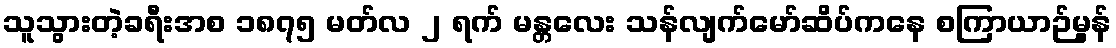
သူသွားတဲ့ခရီးအစ ၁၈၇၅ မတ်လ ၂ ရက် မန္တလေး သန်လျက်မော်ဆိပ်ကနေ စကြာယာဉ်မွန်